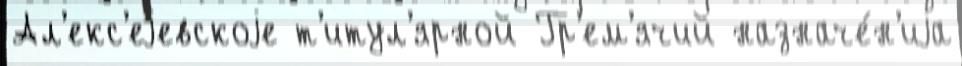
Ал'екс'еjевскоjе т'итул'ярной Гр'ем'ячий назначе́н'иjа